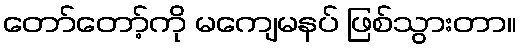
တော်တော့်ကို မကျေမနပ် ဖြစ်သွားတာ။